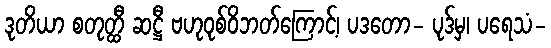
ဒုတိယာ စတုတ္ထီ ဆဋ္ဌီ ဗဟုဝုစ်ဝိဘတ်ကြောင့်၊ ပဒတော- ပုဒ်မှ၊ ပရေသံ-